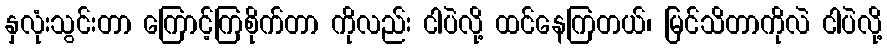
နှလုံးသွင်းတာ ကြောင့်ကြစိုက်တာ ကိုလည်း ငါပဲလို့ ထင်နေကြတယ်၊ မြင်သိတာကိုလဲ ငါပဲလို့